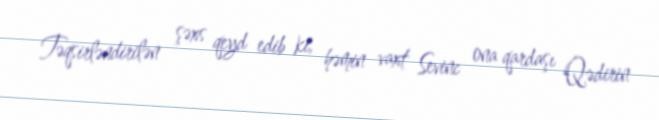
Təqsirləndirilən şəxs qeyd edib ki, həmin vaxt Sevinc ona qardaşı Qədirin